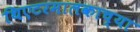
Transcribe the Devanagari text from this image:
थिएटरमालकाच्या